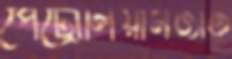
পেট্রোলিয়ামজাত